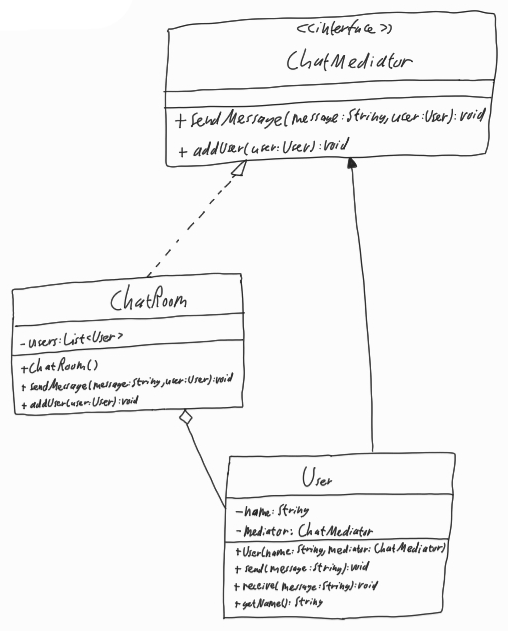
Diagram type: class_diagram
```plantuml
@startuml

interface ChatMediator {
  + sendMessage(message: String, user: User): void
  + addUser(user: User): void
}

class ChatRoom implements ChatMediator {
  - users: List<User>
  + ChatRoom()
  + sendMessage(message: String, user: User): void
  + addUser(user: User): void
}

class User {
  - name: String
  - mediator: ChatMediator
  + User(name: String, mediator: ChatMediator)
  + send(message: String): void
  + receive(message: String): void
  + getName(): String
}

ChatRoom o-- User

ChatMediator <-- User

@enduml
```